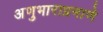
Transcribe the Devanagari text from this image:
अणुभाराप्रमाणे